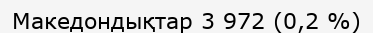
Македондықтар 3 972 (0,2 %)